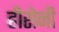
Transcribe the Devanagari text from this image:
हीरोनी